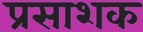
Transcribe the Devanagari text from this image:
प्रसाशक